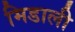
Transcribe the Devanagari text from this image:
मिडाली